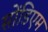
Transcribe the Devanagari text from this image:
सोंडिएम